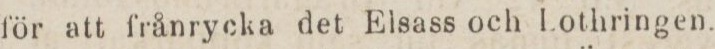
för att frånrycka det Elsass och Lothringen.